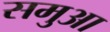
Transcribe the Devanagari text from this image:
समुआ